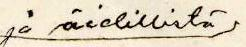
ja äidillistä /